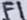
Text: F1